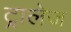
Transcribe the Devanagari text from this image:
ट्रालेज